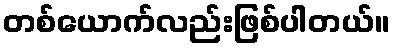
တစ်ယောက်လည်းဖြစ်ပါတယ်။